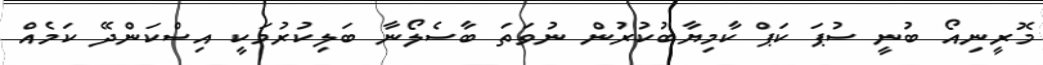
މޮރީނިއޯ ބުނީ ސުޕަ ކަޕް ކާމިޔާބުކުރުން ނުވަތަ ބާސެލޯނާ ބަލިކުރުމަކީ އިސްކަންދޭ ކަމެއް